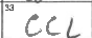
Transcription: CCL